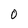
Character: 0